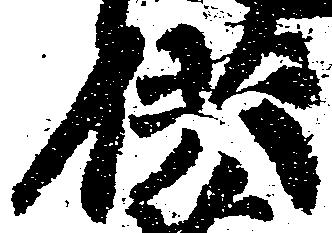
供